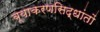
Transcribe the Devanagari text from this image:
व्याकरणसिद्धांतों